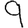
Digit: 9